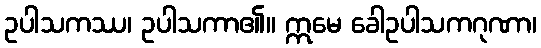
ဥပါသကဿ၊ ဥပါသကာ၏။ ဣမေ ခေါဥပါသကဂုဏာ၊